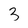
Character: 3